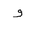
Letter: _waw